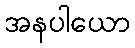
အနပါယော